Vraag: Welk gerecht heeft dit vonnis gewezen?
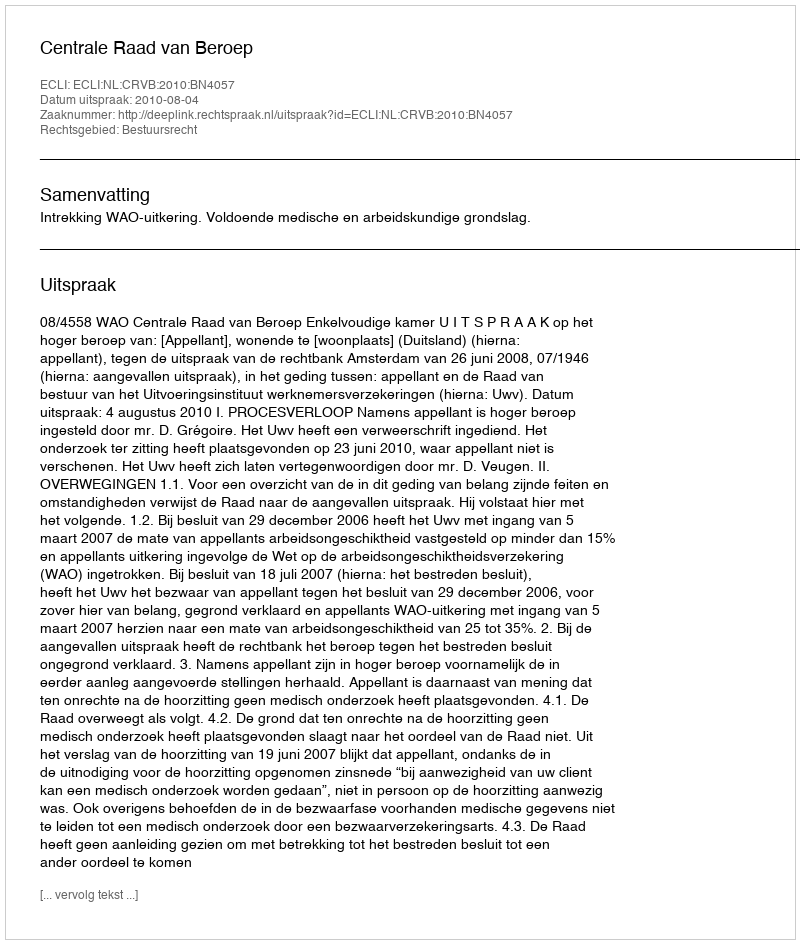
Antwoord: Centrale Raad van Beroep